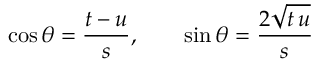
\cos \theta = \frac { t - u } { s } , \qquad \sin \theta = \frac { 2 \sqrt { t \, u } } { s }